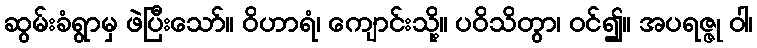
ဆွမ်းခံရွာမှ ဖဲပြီးသော်။ ဝိဟာရံ၊ ကျောင်းသို့။ ပဝိသိတွာ၊ ဝင်၍။ အပရဇ္ဇု ဝါ၊